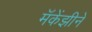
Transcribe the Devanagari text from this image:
मॅकेंझीने